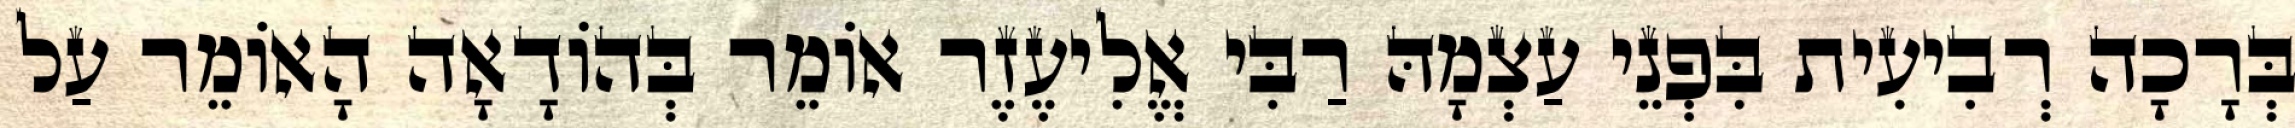
בְּרָכָה רְבִיעִית בִּפְנֵי עַצְמָהּ רַבִּי אֱלִיעֶזֶר אוֹמֵר בְּהוֹדָאָה הָאוֹמֵר עַל